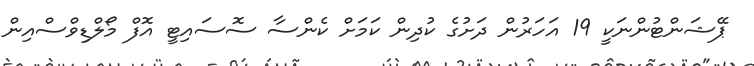
ޕޭޝަންޓުންނަކީ 19 އަހަރުން ދަށުގެ ކުދިން ކަމަށް ކެންސާ ސޮސައިޓީ އޮފް މޯލްޑިވްސްއިން